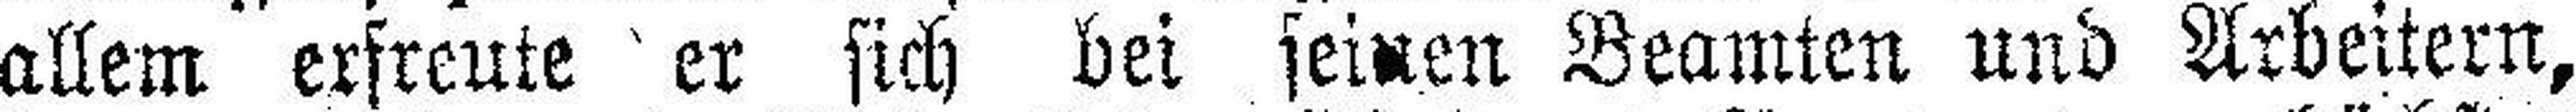
allem erfreute er sich bei seinen Beamten und Arbeitern,